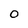
Character: 0